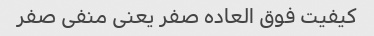
کیفیت فوق العاده صفر یعنی منفی صفر